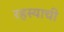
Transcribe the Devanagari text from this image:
रहस्याची